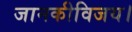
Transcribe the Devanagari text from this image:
जानकीविजय।